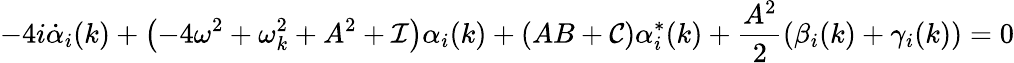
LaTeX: -4i\dot{\alpha}_{i}(k)+\left(-4\omega^{2}+\omega_{k}^{2}+A^{2}+{\cal I}\right)\alpha_{i}(k)+\left(AB+{\cal C}\right)\alpha_{i}^{*}(k)+{\frac{A^{2}}{2}}(\beta_{i}(k)+\gamma_{i}(k))=0